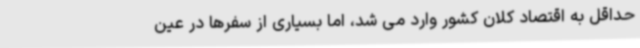
حداقل به اقتصاد کلان کشور وارد می شد، اما بسیاری از سفرها در عین